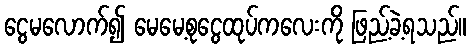
ငွေမလောက်၍ မေမေ့စုငွေထုပ်ကလေးကို ဖြည့်ခဲ့ရသည်။